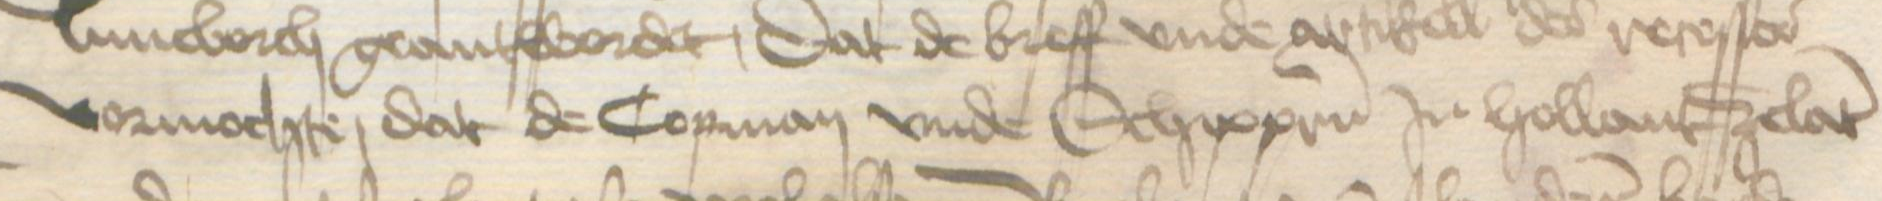
Transcription: vormochte, dat de Copman vnde Schippern in Hollant Zelant